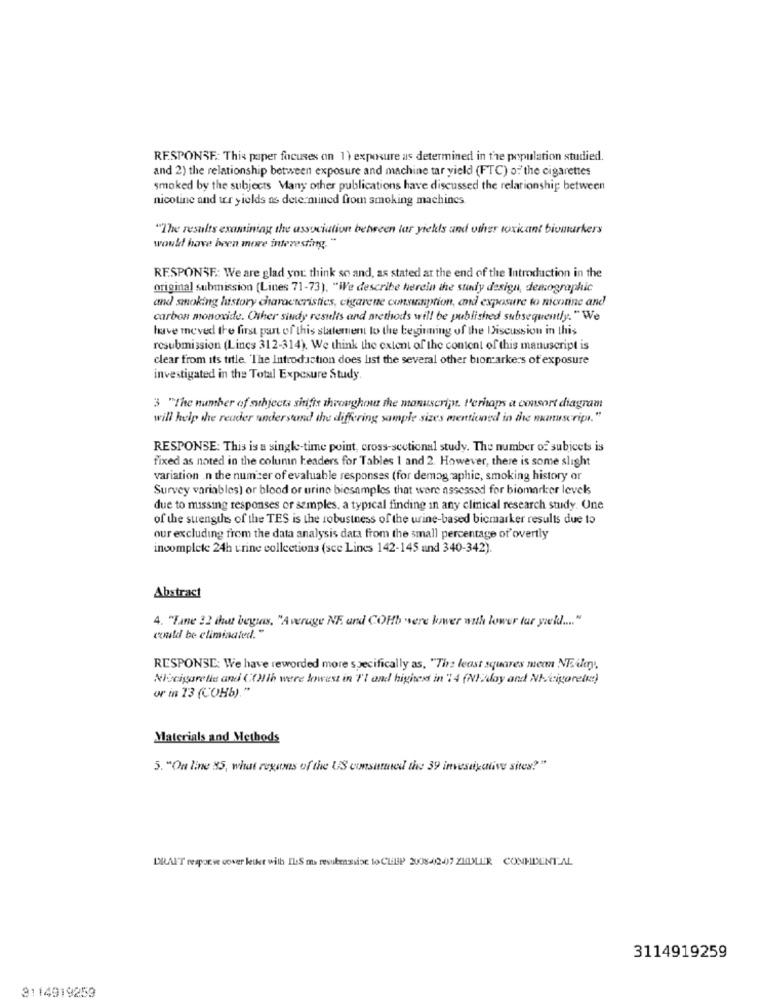
RESPONSE: This paper focuses on 1) exposure as determined in the population studied.
and 2) the relationship between exposure and machine tar yield (FTC) o: the cigarettes
smoked by the subjects Many other publications have discussed the relationship between
nicotine and tr yields as determined from smoking machines
"The results examining the association between lar yiekls and other toxicant biumurkers
would have been more interesting. "
RESPONSE: We are glad you think so and, as stated at the end of the Introduction in the
original submission (Lines 71-73). "We describe herein the study design, demographic
and smoking history characteristics, cigarene consumption, and exposure to niconine and
carbon monoxide. Other sindy results and methods will be published subsequently. "We
have moved the first part of this statement to the beginning of the Discussion in this
resubmission (Lines 312-314). We think the extent of the content of this manuscript is
clear from its title. The Introduction does list the several other biomarkers of exposure
investigated in the Total Exposure Study.
3 "The number of subjects shifts throughout the manuscript. Perhaps a consort diagram
will help the reader understand the differing sample sizes mentioned in the manuscript."
RESPONSE: This is a single-time point, cross-sectional study. The number of subicets is
fixed as noted in the column Leaders for Tables 1 and 2. However, there is some slight
variation .n the number of evaluable responses (for demographic, smoking history or
Survey variables) or blood or urine biesamples that were assessed for biomarker levels
due to missing responses or samples, a typical finding in any clinical research study. Une
of the strengths of the TES is the robustness of the urine-based bicmarker results due to
our excluding from the data analysis data from the small percentage of overtly
incomplete 24h urine collections (sce Lines 142-145 and 340-342).
Abstract
4. "Fane 22 that begras, "Averuge NE. and COHb "vere lower with lower tar ywell .... "
could be eliminated."
RESPONSE: We have reworded more specifically as, "The least squares mer NE ile),
Niccigare lie and ((Hih were lowest in I'I and highest in "14 (NI?doy and NIcigarette)
or in 23 (COHb)."
Materials and Methods
5. "On line 85, what regatas of the US consutuned tive 39 investigative sites?"
DRAIT responwe cover letkt with ILS ma resubenssise to CLEP 200842-07 ZEDLER CONHDENTAL
3114919259
3114919253